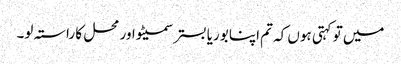
میں تو کہتی ہوں کہ تم اپنا بوریا بستر سمیٹو اور محل کا راستہ لو۔